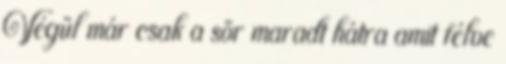
Végül már csak a sör maradt hátra amit félve